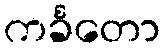
ကင်္ခတော